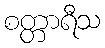
စတ္တာရီသ